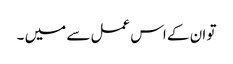
تو ان کے اس عمل سے میں ۔